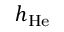
h _ { \mathrm { H e } }